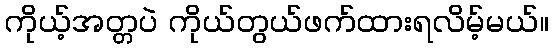
ကိုယ့်အတ္တပဲ ကိုယ်တွယ်ဖက်ထားရလိမ့်မယ်။